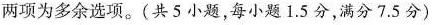
两项为多余选项.(共5 小题,每小题 1.5 分,满分7.5 分)